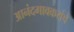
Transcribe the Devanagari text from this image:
आनंदगावकरांचे